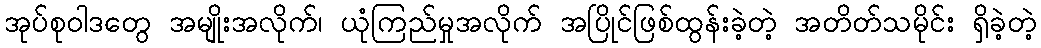
အုပ်စုဝါဒတွေ အမျိုးအလိုက်၊ ယုံကြည်မှုအလိုက် အပြိုင်ဖြစ်ထွန်းခဲ့တဲ့ အတိတ်သမိုင်း ရှိခဲ့တဲ့